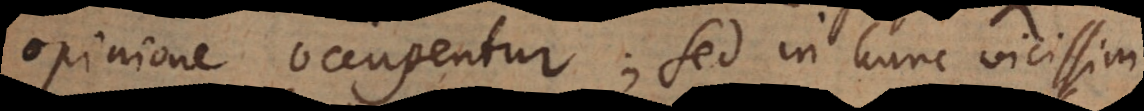
opinione occupentur; sed in hunc vicissim